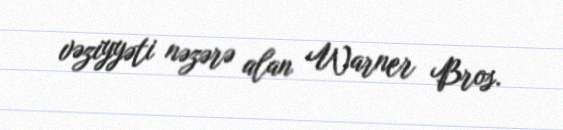
vəziyyəti nəzərə alan Warner Bros.